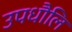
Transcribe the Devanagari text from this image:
उपधौलि